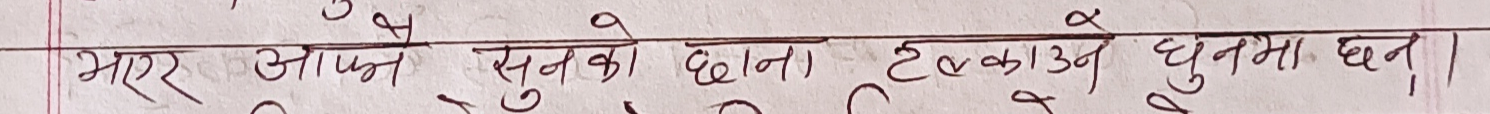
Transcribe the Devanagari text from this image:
भएर आफ्नै सुनको छानो टल्काउने धुनमा छन्।